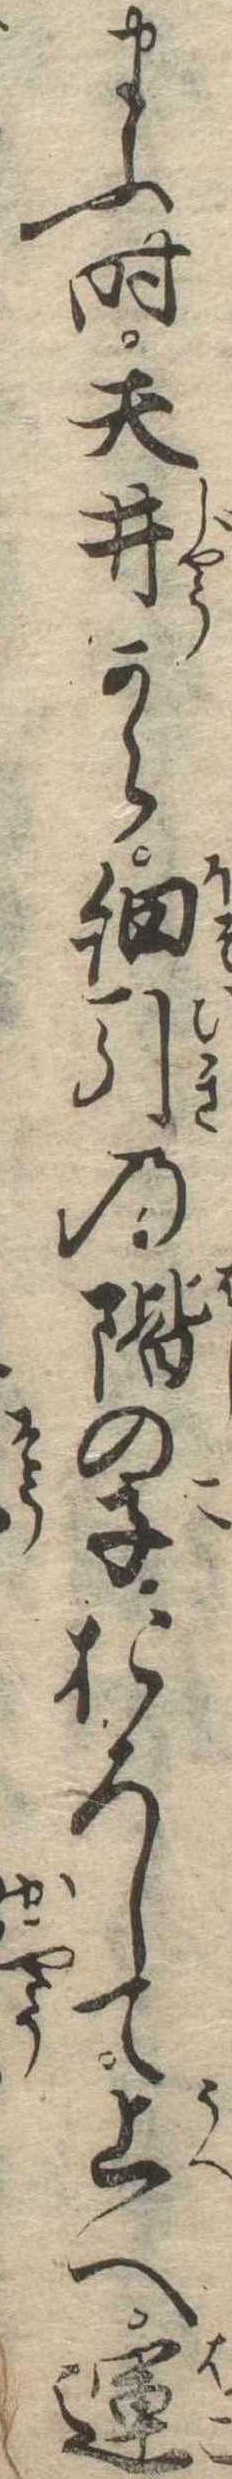
まふ時天井から細引の階の子おろして上へ運